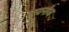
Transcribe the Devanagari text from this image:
गायनीज